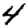
Digit: 4